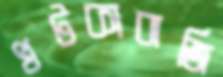
খটকাবাজি